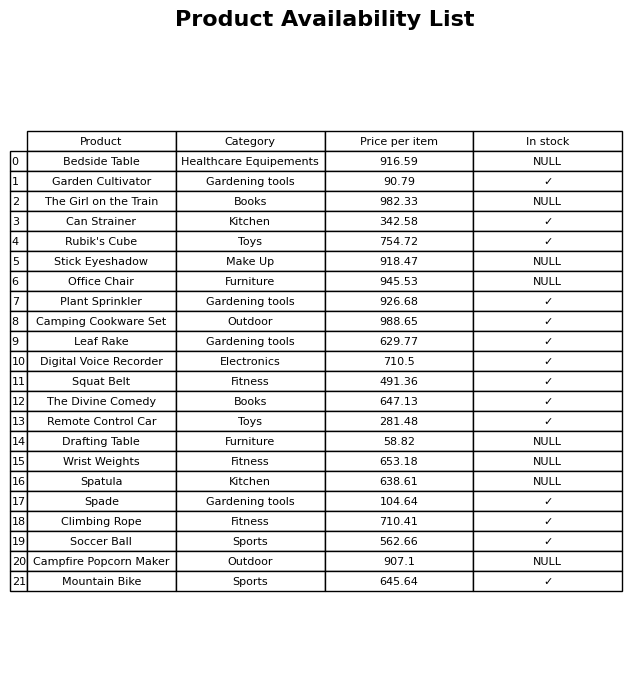
question: What is the price of the Remote Control Car?
answer: The price of Remote Control Car is 281.48.